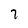
Character: 7